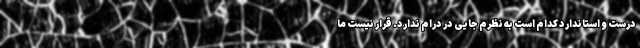
درست و استاندارد کدام است به نظرم جایی در درام ندارد. قرار نیست ما